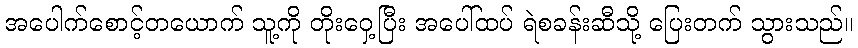
အပေါက်စောင့်တယောက် သူ့ကို တိုးဝှေ့ပြီး အပေါ်ထပ် ရဲစခန်းဆီသို့ ပြေးတက် သွားသည်။